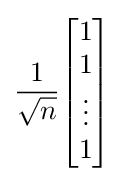
{\frac {1}{\sqrt {n}}}{\begin{bmatrix}1\\1\\\vdots \\1\end{bmatrix}}